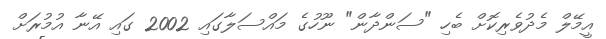
އީމޭލް މެދުވެރިކޮށް ބެހި "ސަންދާން" ނޫހުގެ މައްސަލާގައި 2002 ގައި އޭނާ އުމުރަށް